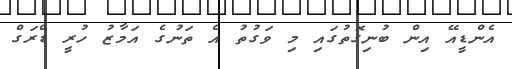
އެންޑީއޭ އިން ބުނިގޮތުގައި މި ވަގުތު އެ ތަނުގެ އަމާޒު ހުރީ ޑްރަގް